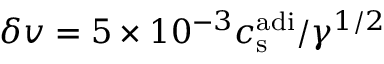
\delta \boldsymbol { v } = 5 \times 1 0 ^ { - 3 } c _ { \mathrm { s } } ^ { \mathrm { a d i } } / \gamma ^ { 1 / 2 }